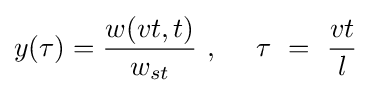
y(\tau )={\frac {w(vt,t)}{w_{st}}}\ ,\ \ \ \ \tau \ =\ {\frac {vt}{l}}\